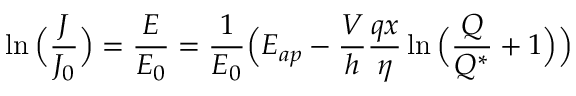
\ln \Big ( \frac { J } { J _ { 0 } } \Big ) = \frac { E } { E _ { 0 } } = \frac { 1 } { E _ { 0 } } \Big ( E _ { a p } - \frac { V } { h } \frac { q x } { \eta } \ln \Big ( \frac { Q } { Q ^ { * } } + 1 \Big ) \Big )